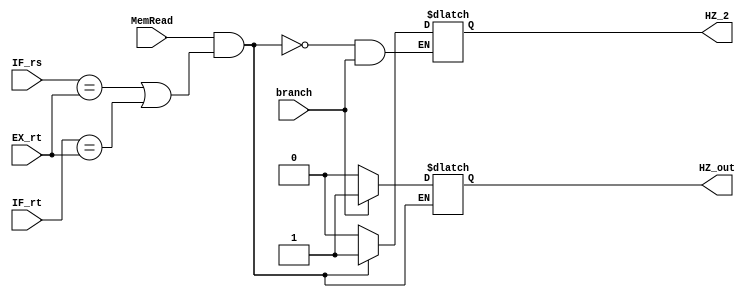

module Hazard_Detection(HZ_out,HZ_2, IF_rs,IF_rt,EX_rt,branch,MemRead);

  input [4:0] IF_rs,IF_rt,EX_rt;
  input branch,MemRead;
  
  output reg HZ_out,HZ_2;
  
  initial 
    begin 
      HZ_out=0;
      HZ_2=0;
    end
  always @(*)
  begin
      if (MemRead && ((IF_rs ==EX_rt) ||(IF_rt ==EX_rt)))
        begin 
          HZ_2 <= 1'b1;
        end
      else if (branch)
        begin
          HZ_out <= 1'b1;
        end
      else
        begin
          HZ_out <= 1'b0;
          HZ_2<= 1'b0;
         end
  end


endmodule